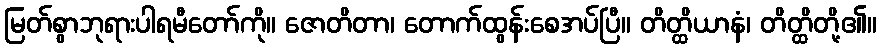
မြတ်စွာဘုရားပါရမီတော်ကို။ ဇောတိတာ၊ တောက်ထွန်းစေအပ်ပြီ။ တိတ္ထိယာနံ၊ တိတ္ထိတို့၏။